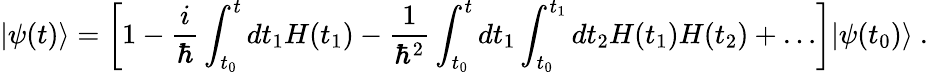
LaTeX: |\psi(t)\rangle=\left[1-{\frac{i}{\hbar}}\int_{t_{0}}^{t}dt_{1}H(t_{1})-{\frac{1}{\hbar^{2}}}\int_{t_{0}}^{t}dt_{1}\int_{t_{0}}^{t_{1}}dt_{2}H(t_{1})H(t_{2})+\ldots\right]|\psi(t_{0})\rangle~.